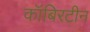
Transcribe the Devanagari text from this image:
कॉबिरटीन